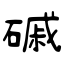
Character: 磩